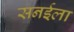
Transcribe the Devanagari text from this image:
सनईला